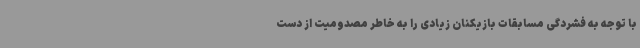
با توجه به فشردگی مسابقات بازیکنان زیادی را به خاطر مصدومیت از دست